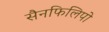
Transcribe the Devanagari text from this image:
सैनफिलिपो